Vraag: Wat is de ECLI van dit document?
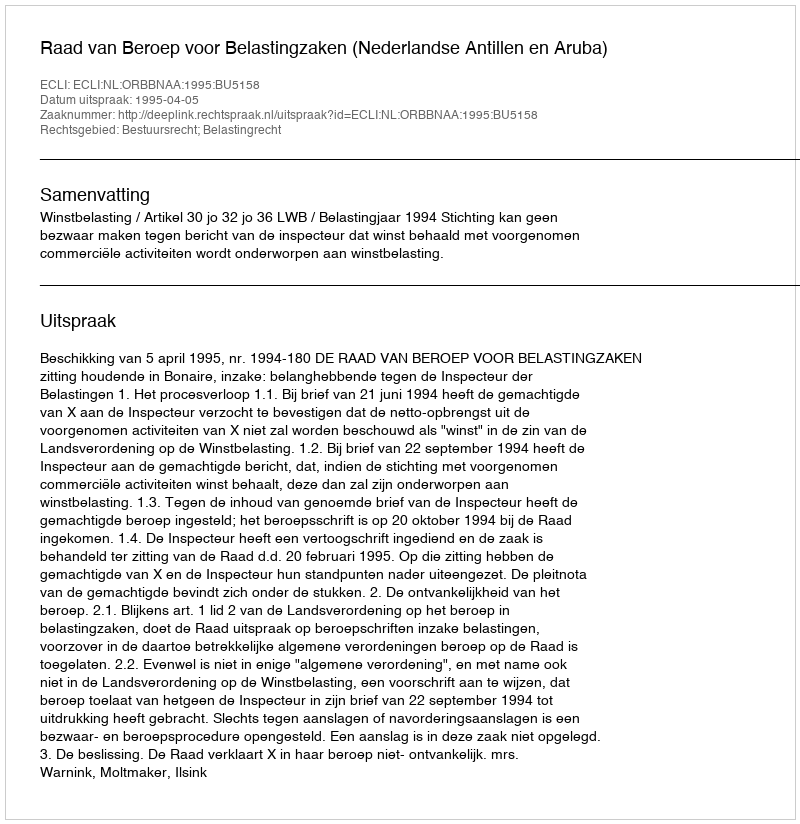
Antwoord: ECLI:NL:ORBBNAA:1995:BU5158